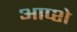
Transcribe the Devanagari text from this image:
आप्शे